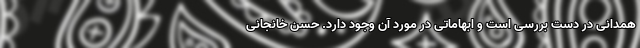
همدانی در دست بررسی است و ابهاماتی در مورد آن وجود دارد. حسن خانجانی